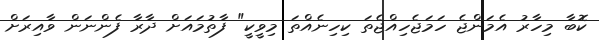
ކޮބާ މިހާރު އެމަންޖެ ހަމަޖެހިއްޖެތަ ކިހިނެއްތަ މިވީކީ" ފާތުމައަށް ދާރާ ފެންނަން ވާއިރަށް